[Report on the health of British troops in the Madras command]
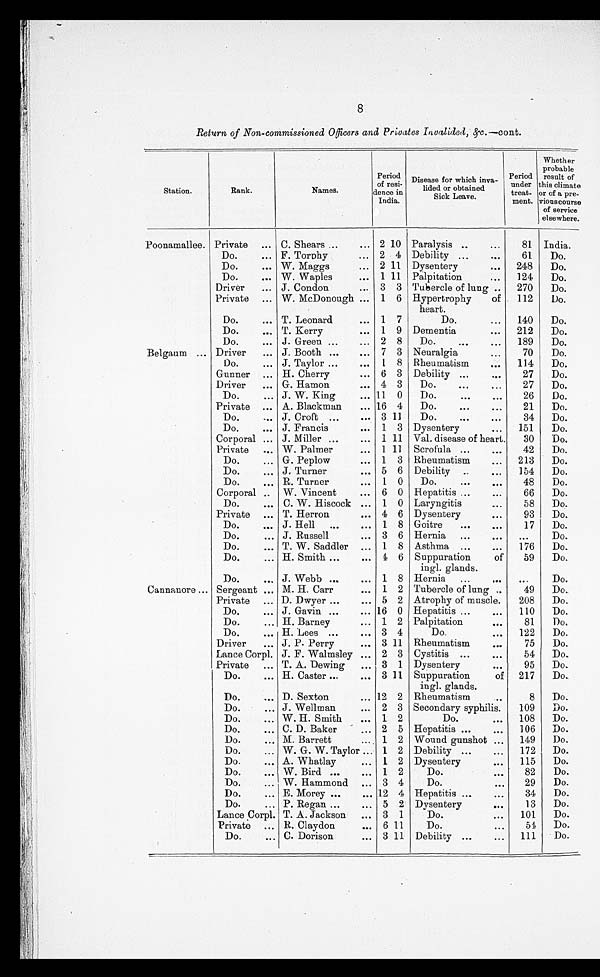
8
Return of Non-commissioned Officers and Privates Invalided, &c.—cont.
Station.
Rank.
Names.
Period
of resi-
dence in
India.
Disease for which inva-
lided or obtained
Sick Leave.
Period
under
treat-
ment.
Whether
probable
result of
this climate
or of a pre-
vious course
of service
elsewhere.
Poonamallee. Private
... C. Shears ...
. . . 2 10 Paralysis ..
. . .
81
India.
Do.
... F. Torphy
... 2 4 Debility ...
. . .
61
Do.
Do.
... W. Maggs
... 2 11 Dysentery
...
248
Do.
Do.
... W. Waples
. . . 1 11
Palpitation
. . .
124
Do.
Driver
... J. Condon
...
3 3 Tubercle of lung ..
270
Do.
Private
... W.McDonough ...
1 6 Hypertrophy
of
heart.
112
Do.
Do.
... T. Leonard
...
1 7
Do.
...
140
Do.
Do.
... T. Kerry
. . . 1 9 Dementia
...
212
Do.
Do.
... J. Green ...
...
2 8
Do.
...
...
189
Do.
Belgaum ... Driver
... J. Booth ...
. . . 7 3 Neuralgia
. . .
70
Do.
Do.
... J. Taylor ...
...
1 8 Rheumatism
...
114
Do.
Gunner
... H. Cherry
... 6 3 Debility ...
. . .
27
Do.
Driver
... G. Hamon
... 4 3
Do.
...
...
27
Do.
Do.
... J. W. King
... 11
0
Do.
...
. . .
26
Do.
Private
... A. Blackman
... 16 4
Do.
...
. . .
21
Do.
Do.
... J. Croft ...
... 3 11
Do.
...
...
34
Do.
Do.
... J. Francis
...
1 3 Dysentery
...
151
Do.
Corporal ... J. Miller ...
...
1 11 Val. disease of heart.
30
Do.
Private
... W. Palmer
...
1 11
Scrofula ...
. . .
42
Do.
Do.
... G. Peplow
... 1 3 Rheumatism
...
213
Do.
Do.
. . . J. Turner
... 5 6 Debility
..
. . .
154
Do.
Do.
... R. Turner
...
1 0
Do.
. . .
. . .
48
Do.
Corporal ..
W. Vincent
...
6 0 Hepatitis ...
...
66
Do.
Do.
... C. W. Hiscock ...
1 0 Laryngitis
...
58
Do.
Private
... T. Herron
... 4 6 Dysentery
. . .
93
Do.
Do.
. . . J. Hell
. . .
...
1 8 Goitre
...
. . .
17
Do.
Do.
... J. Russell
... 3 6 Hernia
...
. . .
. . .
Do.
Do.
... T. W. Saddler
...
1 8 Asthma
...
...
176
Do.
Do.
... H. Smith ...
...
4 6 Suppuration
of
ingl. glands.
59
Do.
Do.
... J. Webb ...
. . . 1 8 Hernia
...
. . .
. . .
Do.
Cannanore ... Sergeant ... M. H. Carr
...
1 2 Tubercle of lung
. .
49
Do.
Private
... D. Dwyer ...
... 5 2 Atrophy of muscle.
208
Do.
Do.
... J. Gavin ...
... 16 0 Hepatitis ...
...
110
Do.
Do.
... H. Barney
... 1 2 Palpitation
...
81
Do.
Do.
... H. Lees ...
... 3 4
Do.
. . .
122
Do.
Driver
... J. P. Perry
... 3 11 Rheumatism
...
75
Do.
Lance Corpl. J. F. Walmsley ... 2 3 Cystitis
...
. . .
54
Do.
Private
. . . T. A. Dewing
... 3 1 Dysentery
. . .
95
Do.
Do.
... H. Caster ...
... 3 11 Suppuration
of
ingl. glands.
217
Do.
Do.
... D. Sexton
... 12 2 Rheumatism
. .
8
Do.
Do.
... J. Wellman
...
2 3 Secondary syphilis.
109
Do.
Do.
... W. H. Smith
...
1 2
Do.
. . .
108
Do.
Do.
... C. D. Baker
... 2 5 Hepatitis ...
. . .
106
Do.
Do.
... M. Barrett
... 1 2 Wound gunshot ...
149
Do.
Do.
... W. G. W. Taylor ... 1 2 Debility . . .
. . .
172
Do.
Do.
... A. Whatlay
...
1 2 Dysentery
. . .
115
Do.
Do.
... W. Bird ...
... 1 2
Do.
...
82
Do.
Do.
...
W. Hammond
... 3 4
Do.
. . .
29
Do.
Do.
... E. Morey ...
... 12 4 Hepatitis ...
. . .
34
D o .
Do.
... P. Regan ...
... 5 2 Dysentery
. . .
13
Do.
Lance Corpl. T. A. Jackson
...
3 1
Do.
...
101
Do.
Private
... R. Claydon
...
6 11
Do.
. . .
54
Do.
Do.
... C. Dorison
... 3 11 Debility ...
...
111
Do.